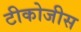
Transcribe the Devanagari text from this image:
टीकोजीस